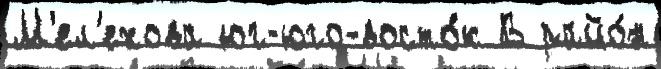
М'ел'ехова юг-юго-восто́к В райо́н